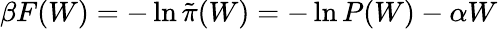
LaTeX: \beta F(W)=-\ln\tilde{\pi}(W)=-\ln P(W)-\alpha W